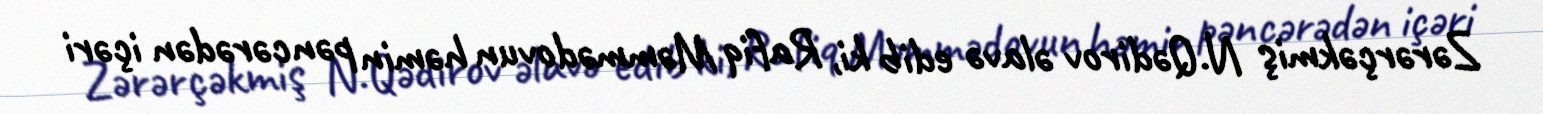
Zərərçəkmiş N.Qədirov əlavə edib ki, Rafiq Məmmədovun həmin pəncərədən içəri